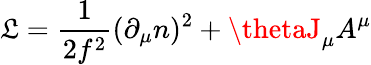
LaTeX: \mathfrak{L}={\frac{{1}}{{2{f}^{2}}}}(\partial_{\mu}n)^{2}+\thetaJ_{{\mu}}A^{\mu}